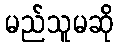
မည်သူမဆို